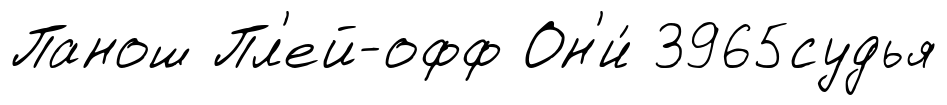
Панош Пл'ей-офф Он'и́ 3965судья